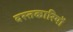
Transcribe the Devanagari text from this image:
दस्तकारियों